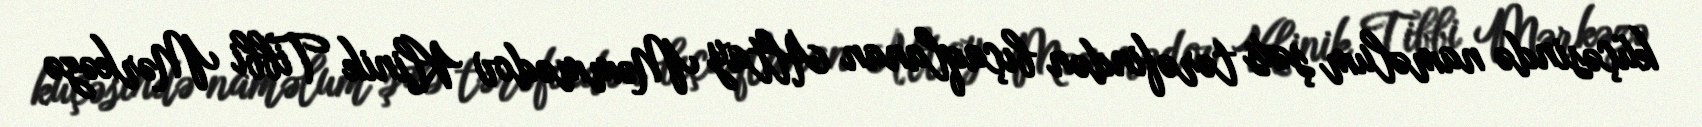
küçəsində naməlum şəxs tərəfindən bıçaqlanan Altay Məmmədov Klinik Tibbi Mərkəzə